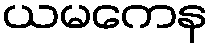
ယမကေန